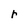
Character: r